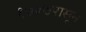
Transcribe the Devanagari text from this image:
१७०७पासून